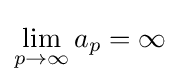
\lim _{p\to \infty }a_{p}=\infty